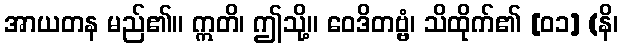
အာယတန မည်၏။ ဣတိ၊ ဤသို့။ ဝေဒိတဗ္ဗံ၊ သိထိုက်၏ [၀၁] (နိ၊